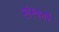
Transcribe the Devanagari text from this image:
संस्कारै